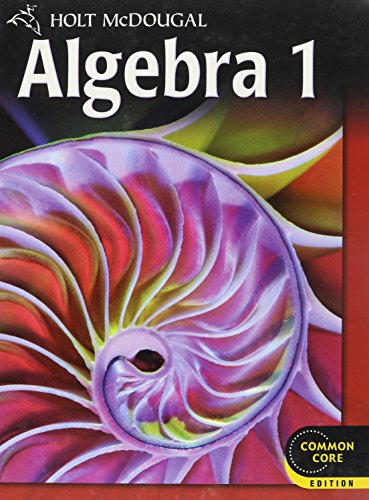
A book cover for Holt McDougal Algebra 1: Student Edition 2012; HOLT MCDOUGAL; Teen & Young Adult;